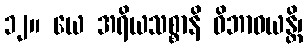
၁၂။ ယေ အရိယသစ္စာနိ ဝိဘာဝယန္တိ၊